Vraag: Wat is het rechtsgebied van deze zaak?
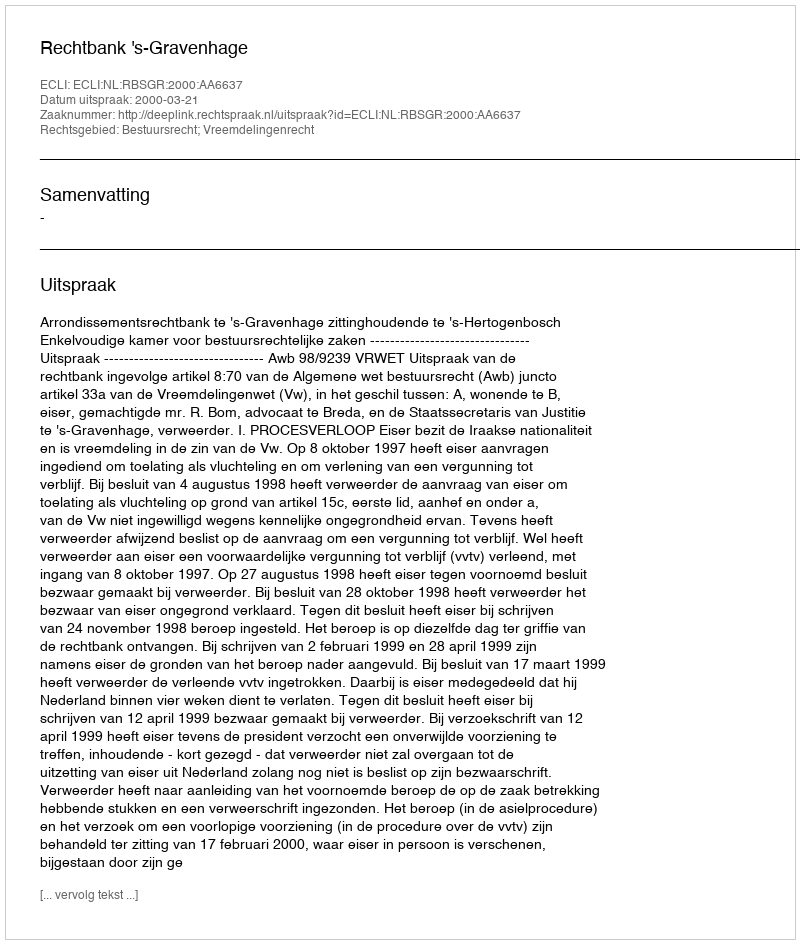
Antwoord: Bestuursrecht; Vreemdelingenrecht